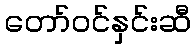
တော်ဝင်နှင်းဆီ